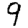
Digit: 9